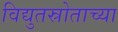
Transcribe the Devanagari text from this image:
विद्युतस्रोताच्या